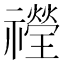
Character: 𱵶